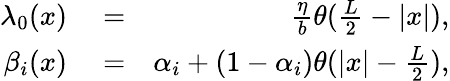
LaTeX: \begin{array}{rlr}{\lambda_{0}(x)}&{{}=}&{\frac{\eta}{b}\theta(\frac{L}{2}-|x|),}\\ {\beta_{i}(x)}&{{}=}&{\alpha_{i}+(1-\alpha_{i})\theta(|x|-\frac{L}{2}),}\end{array}